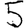
Digit: 5